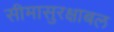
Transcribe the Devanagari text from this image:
सीमासुरक्षाबल